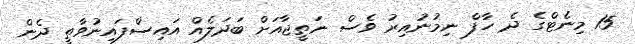
15 މިނެޓްގެ ދެ ހާފް ނިމުނުއިރު ވެސް ނަތީޖާއަށް ބަދަލެއް އައިސްފައިނުވާތީ ދެން